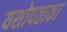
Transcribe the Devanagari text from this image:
यशोपताका